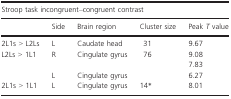
<table><thead><tr><td colspan="5"><b>Stroop task incongruent–congruent contrast</b></td></tr><tr><td></td><td><b>Side</b></td><td><b>Brain region</b></td><td><b>Cluster size</b></td><td><b>Peak <i>T</i> value</b></td></tr></thead><tbody><tr><td>2L1s &gt; L2Ls</td><td>L</td><td>Caudate head</td><td>31</td><td>9.67</td></tr><tr><td rowspan="2">L2Ls &gt; 1L1</td><td>R</td><td>Cingulate gyrus</td><td>76</td><td>9.08 7.83</td></tr><tr><td>L</td><td>Cingulate gyrus</td><td></td><td>6.27</td></tr><tr><td>2L1s &gt; 1L1</td><td>L</td><td>Cingulate gyrus</td><td>14*</td><td>8.01</td></tr></tbody></table>